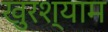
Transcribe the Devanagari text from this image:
खुरश्याम